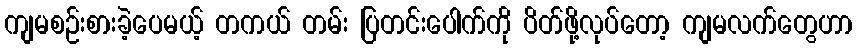
ကျမစဉ်းစားခဲ့ပေမယ့် တကယ် တမ်း ပြတင်းပေါက်ကို ပိတ်ဖို့လုပ်တော့ ကျမလက်တွေဟာ